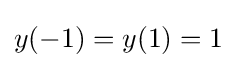
y(-1)=y(1)=1